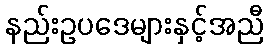
နည်းဥပဒေများနှင့်အညီ